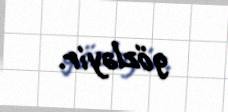
gözləyir.